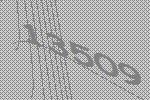
13509